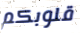
قلوبكم